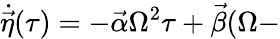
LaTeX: \dot{\vec{\eta}}(\tau)=-\vec{\alpha}\Omega^{2}\tau+\vec{\beta}(\Omega-